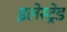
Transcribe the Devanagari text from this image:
इलेस्ट्रेड